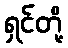
ရှင်တို့